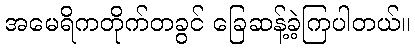
အမေရိကတိုက်တခွင် ခြေဆန့်ခဲ့ကြပါတယ်။